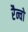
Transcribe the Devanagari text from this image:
रैन्चो